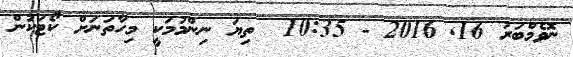
ނޮވެމްބަރު 16